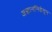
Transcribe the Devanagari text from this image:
अज्ञाननिद्रेतून